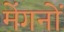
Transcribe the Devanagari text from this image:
मेंगनों